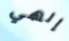
إلهي